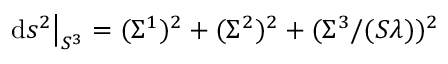
\mathrm { d } s ^ { 2 } \big \vert _ { S ^ { 3 } } = ( \Sigma ^ { 1 } ) ^ { 2 } + ( \Sigma ^ { 2 } ) ^ { 2 } + ( \Sigma ^ { 3 } / ( S \lambda ) ) ^ { 2 }